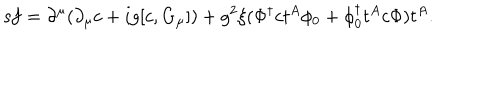
LaTeX: { \sf s } f = \partial ^ { \mu } ( \partial _ { \mu } c + i g [ c , G _ { \mu } ] ) + g ^ { 2 } \xi ( \Phi ^ { \dagger } c t ^ { A } \phi _ { 0 } + \phi _ { 0 } ^ { \dagger } t ^ { A } c \Phi ) t ^ { A } .